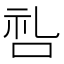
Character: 𫩶